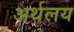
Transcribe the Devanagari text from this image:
अर्थलय